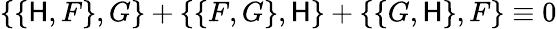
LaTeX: \{ \{ \mathsf{H},F\} ,G\} +\{ \{ F,G\} ,\mathsf{H}\} +\{ \{ G,\mathsf{H}\} ,F\} \equiv0